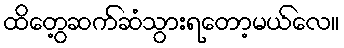
ထိတွေ့ဆက်ဆံသွားရတော့မယ်လေ။